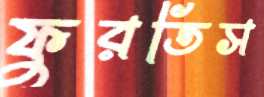
ফুরতিস